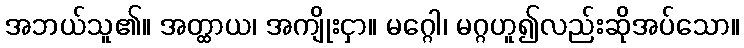
အဘယ်သူ၏။ အတ္ထာယ၊ အကျိုးငှာ။ မဂ္ဂေါ၊ မဂ္ဂဟူ၍လည်းဆိုအပ်သော။